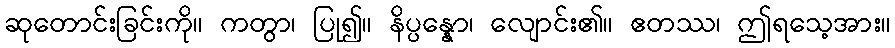
ဆုတောင်းခြင်းကို။ ကတွာ၊ ပြု၍။ နိပ္ပန္နော၊ လျောင်း၏။ ဧတဿ၊ ဤရသေ့အား။